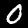
Label: 0